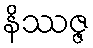
နိဿဇ္ဇ